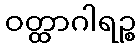
ဝတ္ထာဂါရဉ္စ